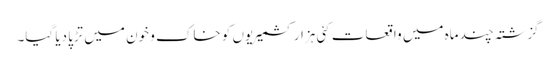
گزشتہ چند ماہ میں واقعات کئی ہزار کشمیریوں کو خاک و خون میں تڑپا دیا گیا۔